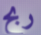
ربح